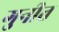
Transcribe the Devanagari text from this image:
गुनीत